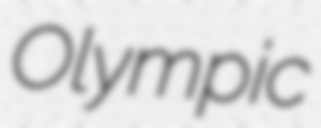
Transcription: Olympic